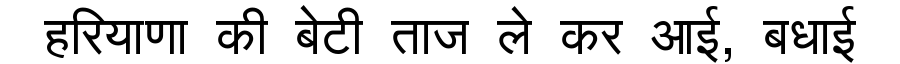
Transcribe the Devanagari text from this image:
हरियाणा की बेटी ताज ले कर आई, बधाई